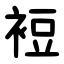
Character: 裋